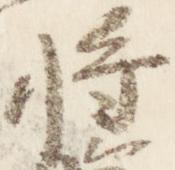
将